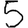
Digit: 5